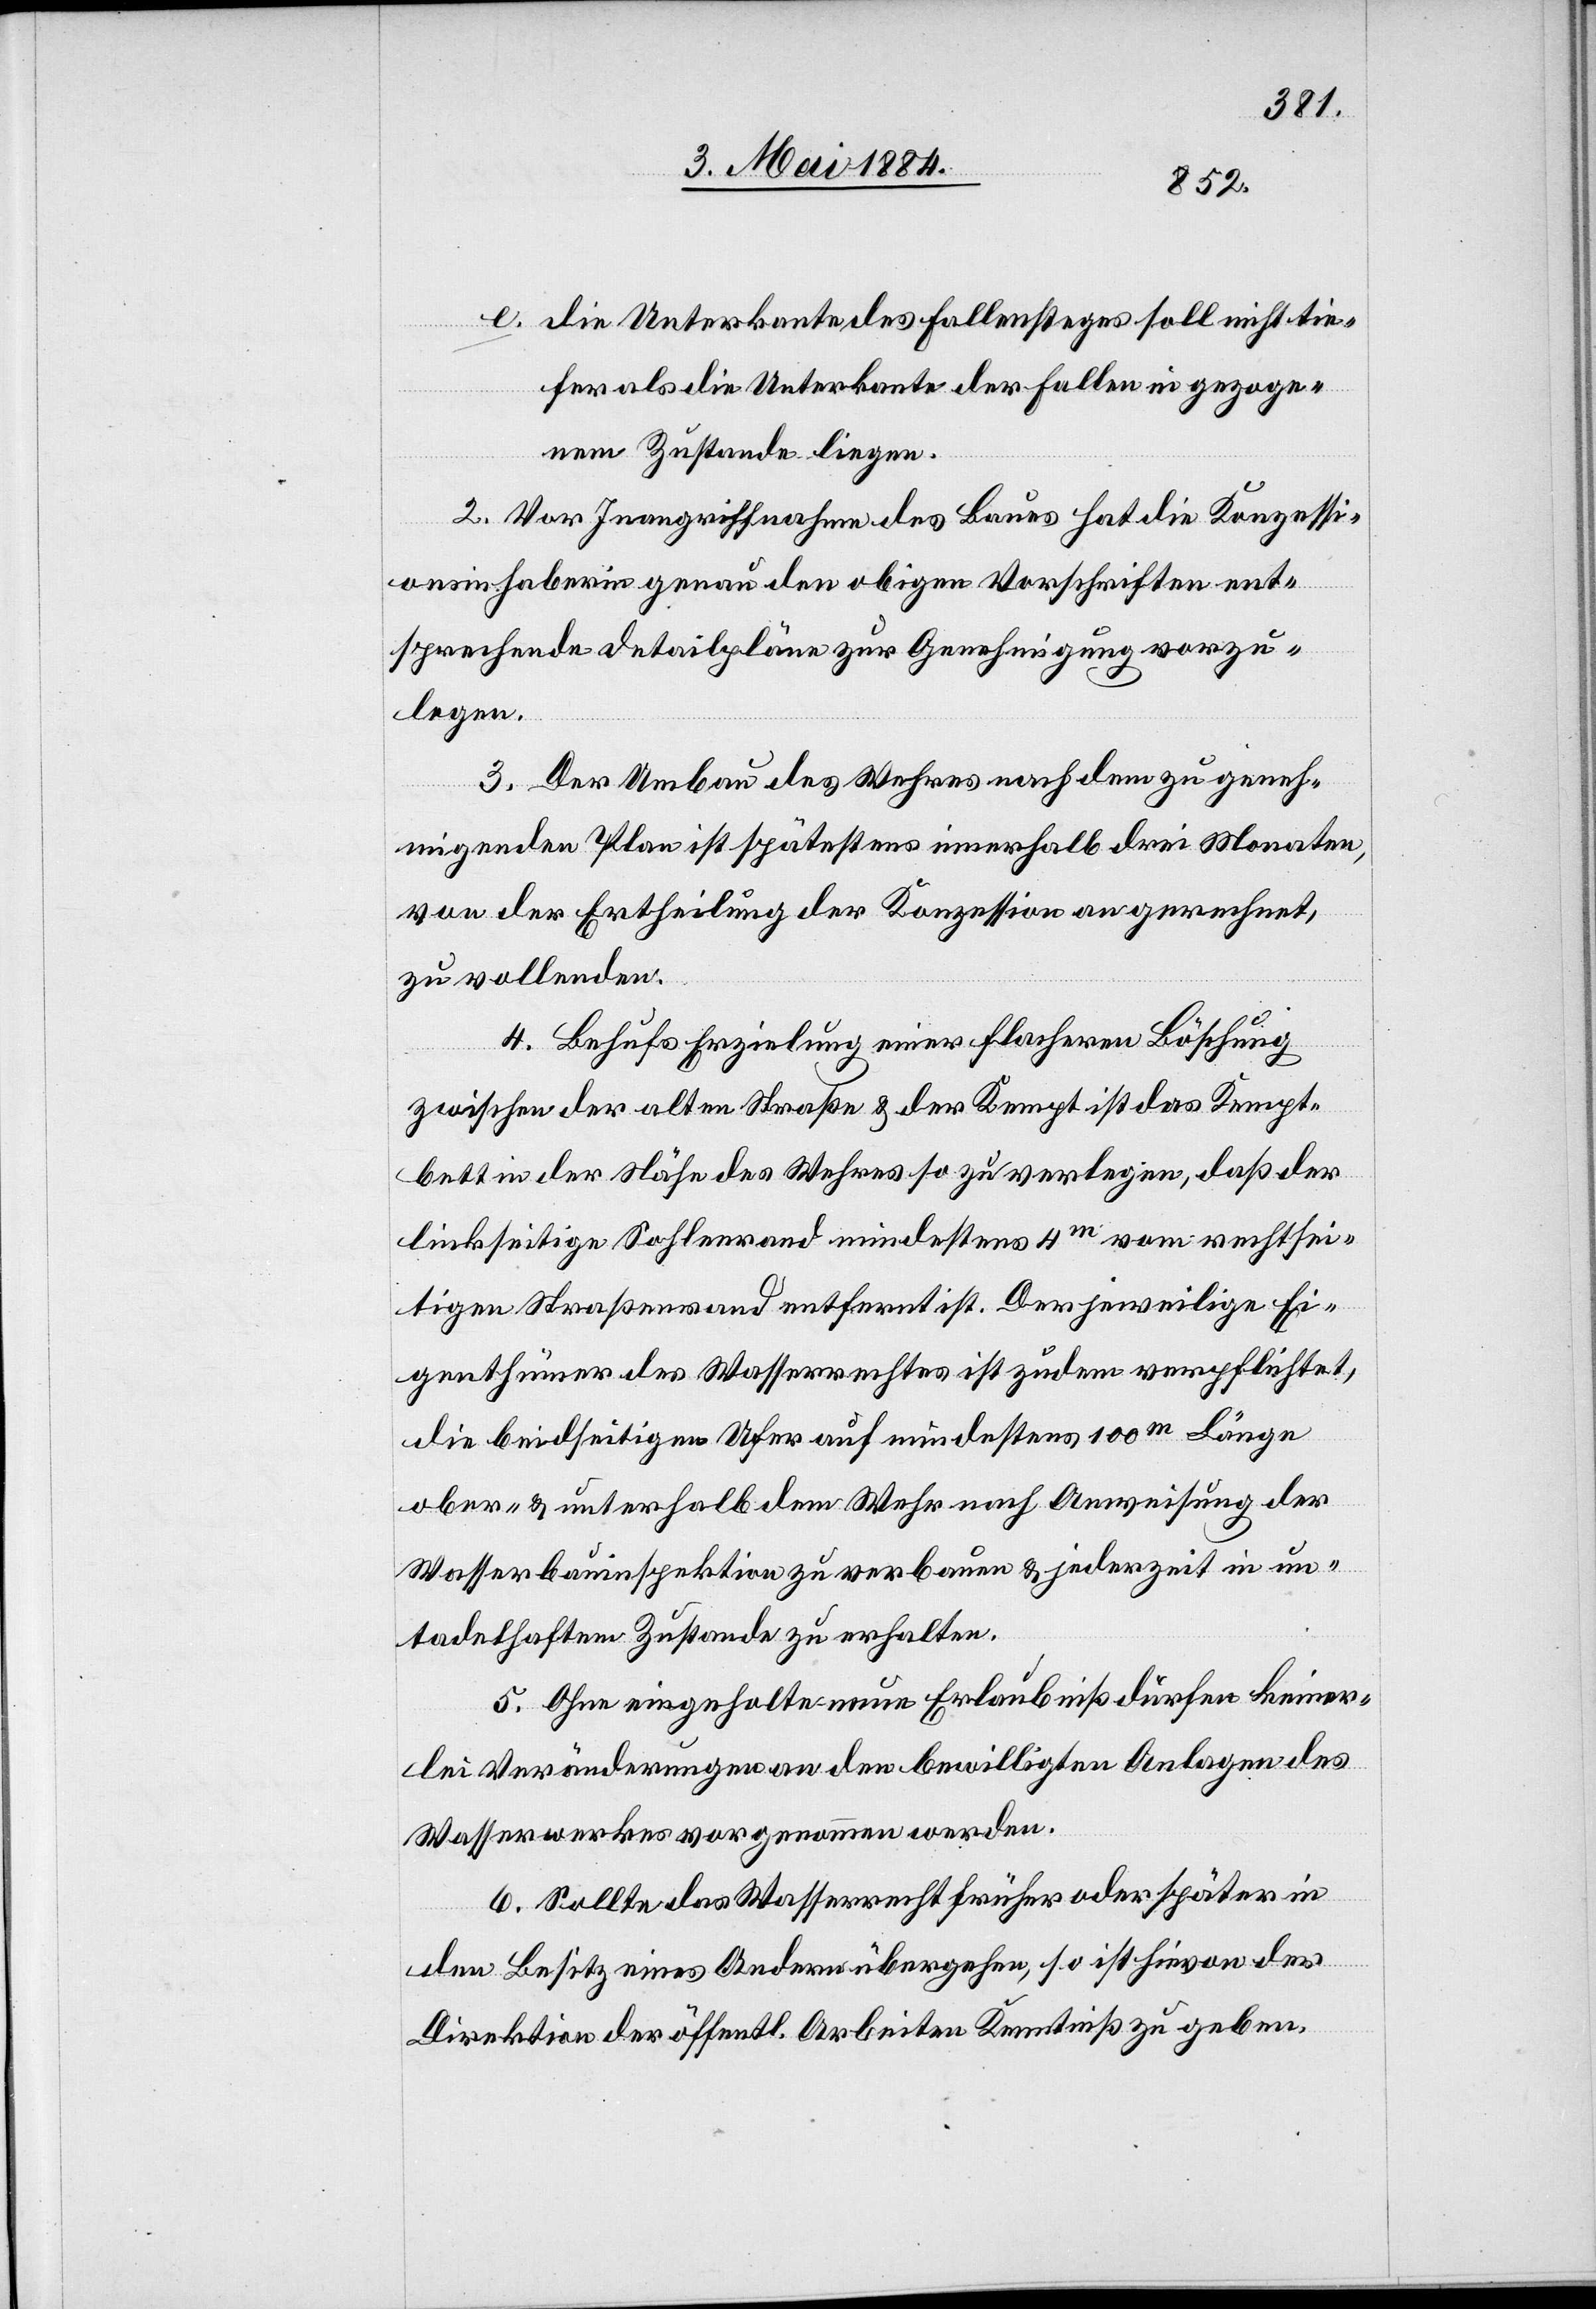
e. die Unterkante des Fallensteges soll nicht tie¬
fer als die Unterkante der Fallen in gezoge¬
nem Zustande liegen.
2. Vor Inangriffnahme des Baues hat die Konzessi¬
onsinhaberin genau den obigen Vorschriften ent¬
sprechende Detailpläne zur Genehmigung vorzu¬
legen.
3. Der Umbau des Wehres nach dem zu geneh¬
migenden Plan ist spätestens innerhalb drei Monaten,
von der Ertheilung der Konzession an gerechnet
zu vollenden.
4. Behufs Erzielung einer flacheren Böschung
zwischen der alten Straße & der Kempt ist das Kempt¬
bett in der Nähe des Wehres so zu verlegen, daß der
linkseitige Sohlenrand mindestens 4m vom rechtsei¬
tigen Straßenrand entfernt ist. Der jeweilige Ei¬
genthümer des Wasserrechtes ist zudem verpflichtet,
die beidseitigen Ufer auf mindesten 100m Länge
ober- & unterhalb dem Wehr nach Anweisung der
Wasserbauinspektion zu verbauen & jederzeit in un¬
tadelhaftem Zustande zu erhalten.
5. Ohne eingeholte neue Erlaubniß dürfen keiner¬
lei Veränderungen an den bewilligten Anlagen des
Wasserwerkes vorgenommen werden.
6. Sollte das Wasserrecht früher oder später in
den Besitz eines Andern übergehen, so ist hievon der
Direktion der öffentl. Arbeiten Kenntniß zu geben.